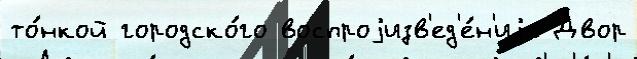
то́нкой городско́го воспроjизв'ед'е́н'иjе Двор